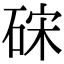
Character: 𥒬